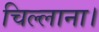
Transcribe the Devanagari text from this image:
चिल्लाना।